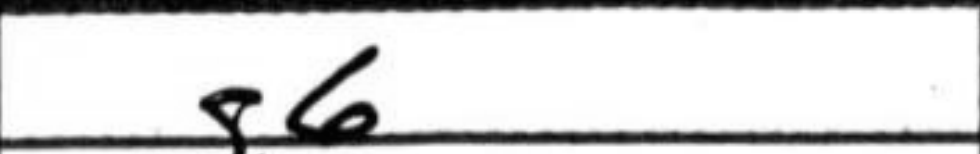
Transcription: g6